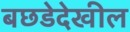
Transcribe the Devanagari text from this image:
बछडेदेखील